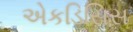
એકડિસિસ